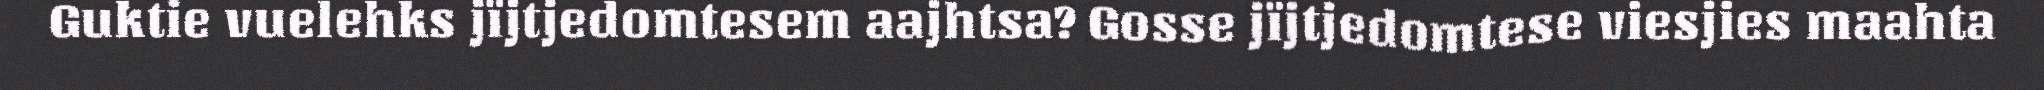
Guktie vuelehks jïjtjedomtesem aajhtsa? Gosse jïjtjedomtese viesjies maahta